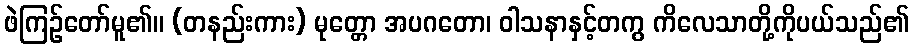
ဖဲကြဉ်တော်မူ၏။ (တနည်းကား) မုတ္တော အပဂတော၊ ဝါသနာနှင့်တကွ ကိလေသာတို့ကိုပယ်သည်၏